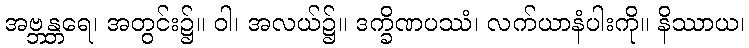
အဗ္ဘန္တရေ၊ အတွင်း၌။ ဝါ၊ အလယ်၌။ ဒက္ခိဏပဿံ၊ လက်ယာနံပါးကို။ နိဿာယ၊